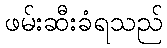
ဖမ်းဆီးခံရသည်